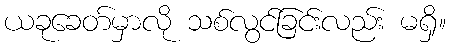
ယခုခေတ်မှာလို သစ်လွင်ခြင်းလည်း မရှိ။